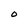
Character: 0